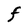
Character: F